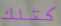
كتلك